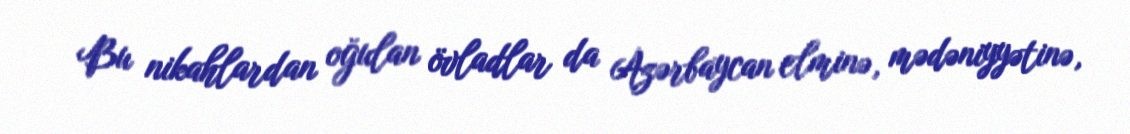
Bu nikahlardan oğulan övladlar da Azərbaycan elminə, mədəniyyətinə,